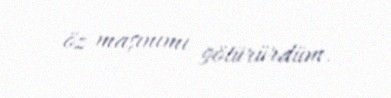
öz maşınımı götürürdüm.